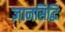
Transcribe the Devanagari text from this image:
ज्ञानसिद्धिः